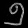
Digit: ၅